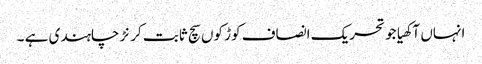
انہاں آکھیا جو تحریک انصاف کوڑ کوں سچ ثابت کرنڑ چاہندی ہے ۔